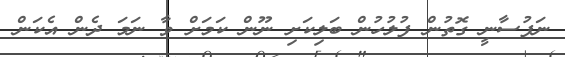
ނަފުސާނީ ގޮތުން ފުލުހުން ބަލިކަށި ނޫން ކަމަށް ވާ ނަމަ ދެން އެކަން